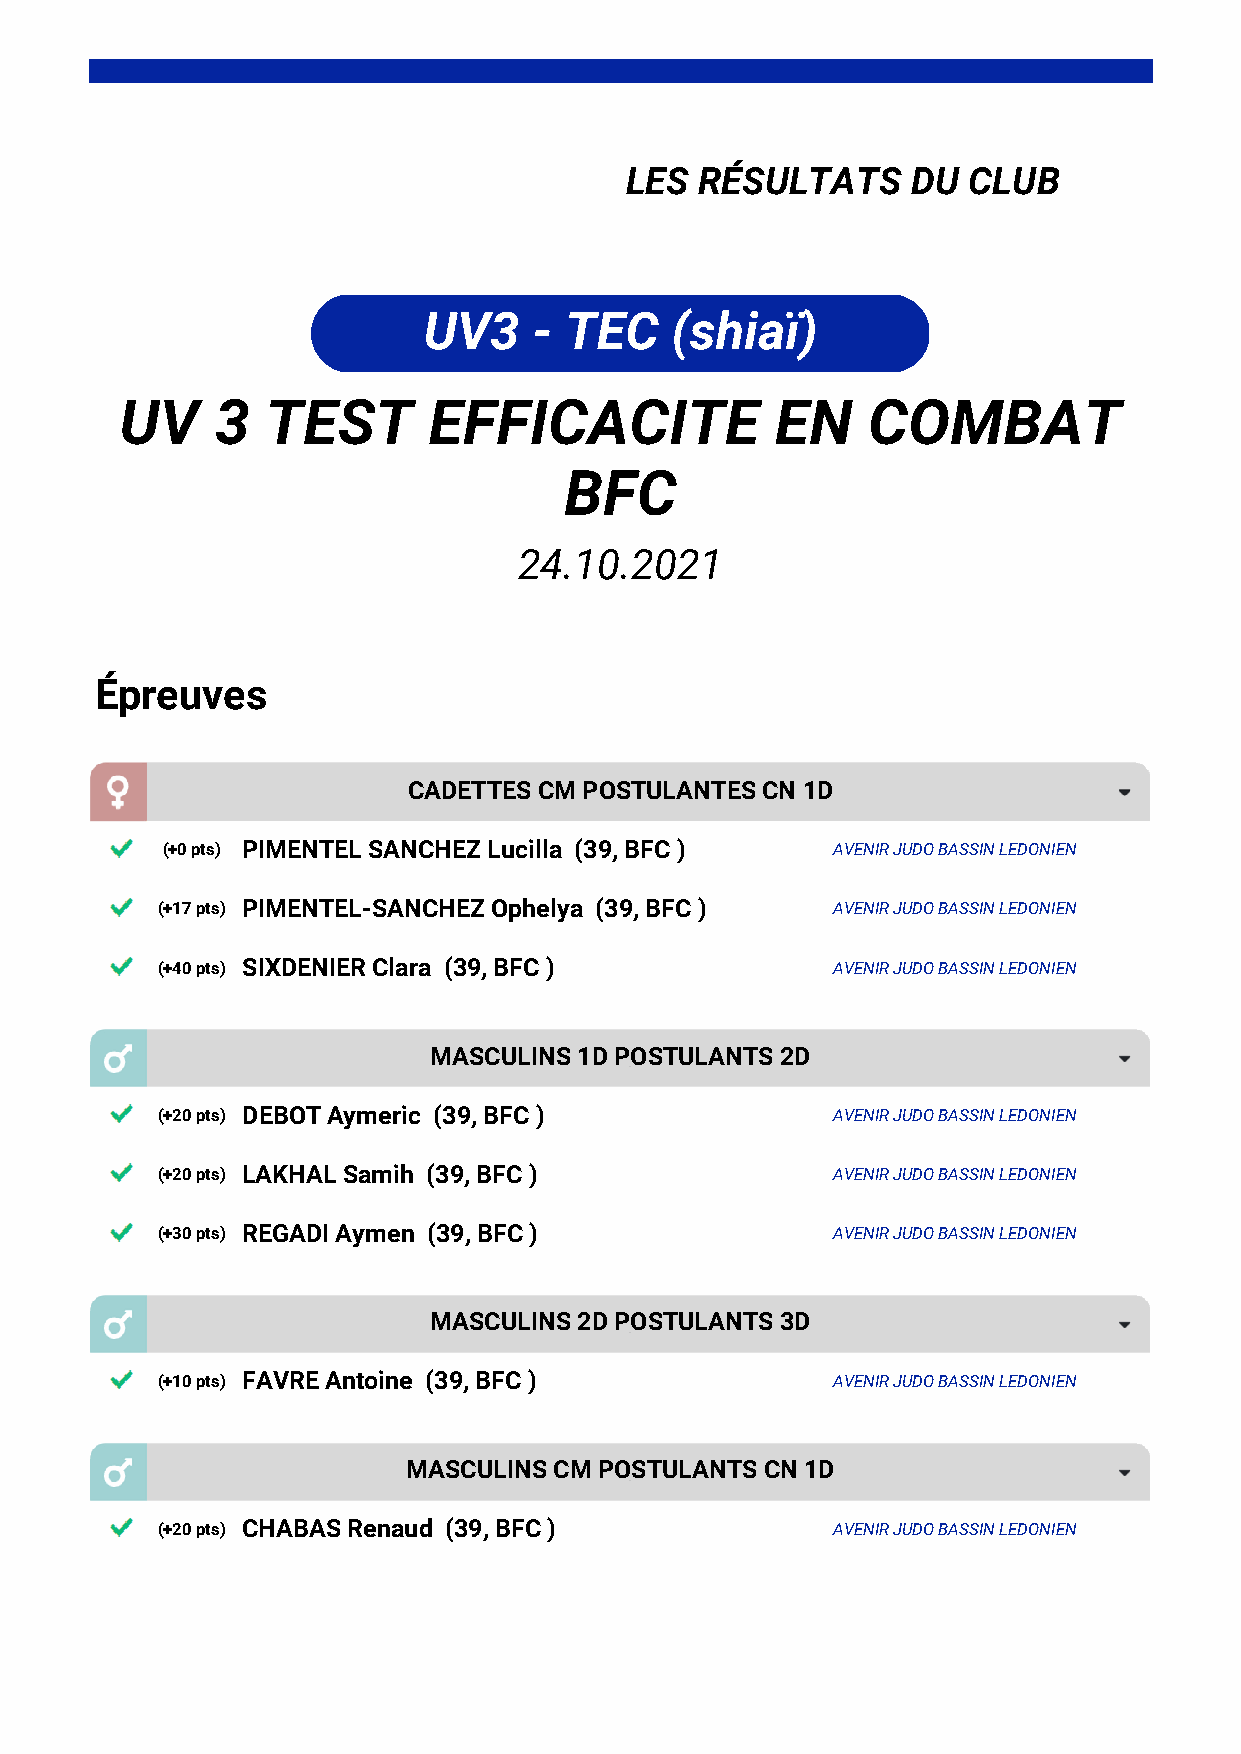
LES  RÉSULTATS     DU  CLUB
 UV3    - TEC    (shiaï)
 UV    3   TEST      EFFICACITE             EN    COMBAT
 BFC
 24.10.2021
 Épreuves
 CADETTES CM POSTULANTES CN 1D
 (+0 pts) PIMENTEL SANCHEZ Lucilla (39, BFC ) AVENIR JUDO BASSIN LEDONIEN
 (+17 pts) PIMENTEL-SANCHEZ Ophelya (39, BFC ) AVENIR JUDO BASSIN LEDONIEN
 (+40 pts) SIXDENIER Clara (39, BFC )         AVENIR JUDO BASSIN LEDONIEN
 MASCULINS 1D POSTULANTS 2D
 (+20 pts) DEBOT Aymeric (39, BFC )           AVENIR JUDO BASSIN LEDONIEN
 (+20 pts) LAKHAL Samih (39, BFC )            AVENIR JUDO BASSIN LEDONIEN
 (+30 pts) REGADI Aymen (39, BFC )            AVENIR JUDO BASSIN LEDONIEN
 MASCULINS 2D POSTULANTS 3D
 (+10 pts) FAVRE Antoine (39, BFC )           AVENIR JUDO BASSIN LEDONIEN
 MASCULINS CM POSTULANTS CN 1D
 (+20 pts) CHABAS Renaud (39, BFC )           AVENIR JUDO BASSIN LEDONIEN